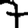
Digit: 7